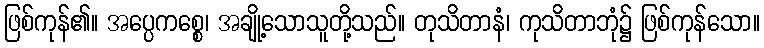
ဖြစ်ကုန်၏။ အပ္ပေကစ္စေ၊ အချို့သောသူတို့သည်။ တုသိတာနံ၊ ကုသိတာဘုံ၌ ဖြစ်ကုန်သော။